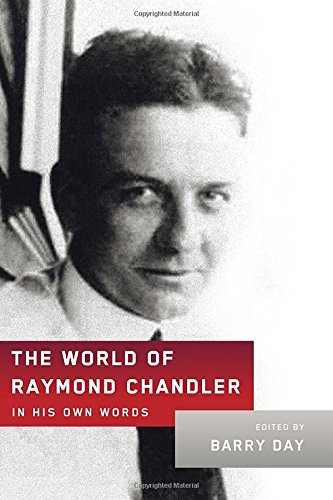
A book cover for The World of Raymond Chandler: In His Own Words; Raymond Chandler; Mystery, Thriller & Suspense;